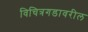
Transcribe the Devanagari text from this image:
विचित्रगडावरील